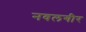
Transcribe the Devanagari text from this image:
नवलगीर